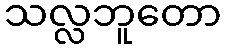
သလ္လဘူတော